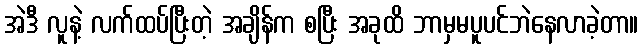
အဲဒီ လူနဲ့ လက်ထပ်ပြီးတဲ့ အချိန်က စပြီး အခုထိ ဘာမှမပူပင်ဘဲနေလာခဲ့တာ။